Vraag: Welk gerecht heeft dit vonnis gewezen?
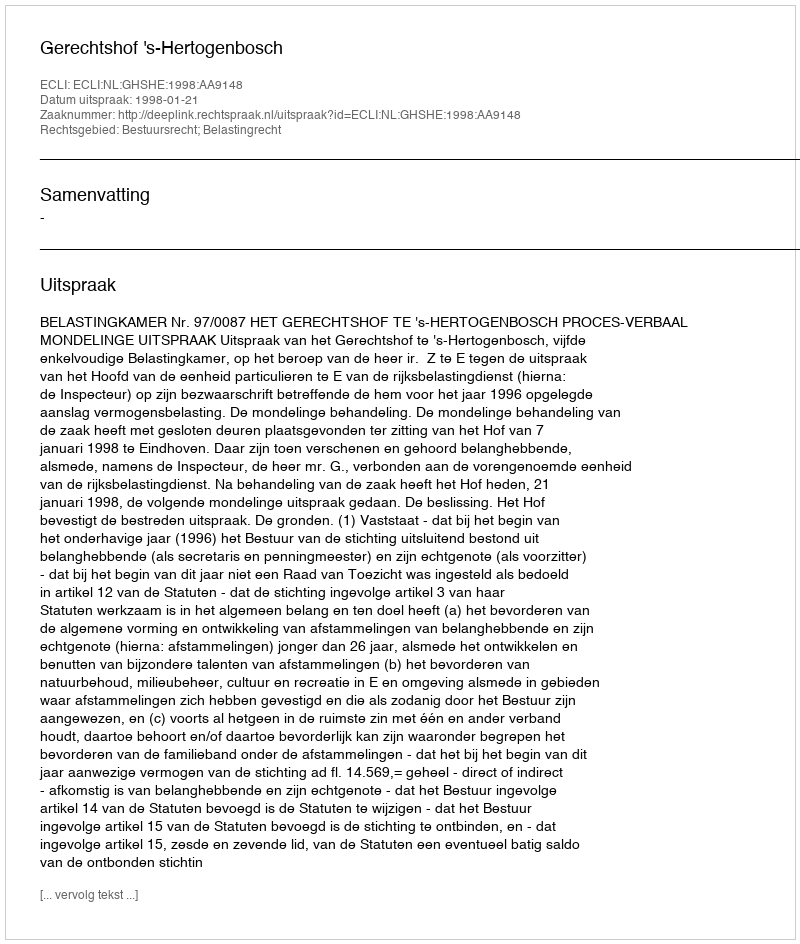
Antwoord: Gerechtshof 's-Hertogenbosch